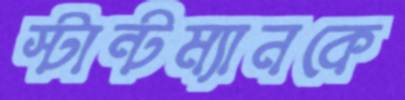
স্টান্টম্যানকে